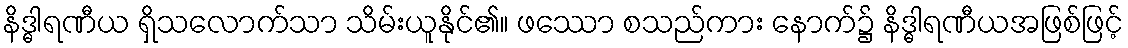
နိဒ္ဓါရဏီယ ရှိသလောက်သာ သိမ်းယူနိုင်၏။ ဖဿော စသည်ကား နောက်၌ နိဒ္ဓါရဏီယအဖြစ်ဖြင့်